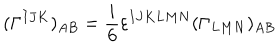
LaTeX: ( \Gamma ^ { I J K } ) _ { A B } = \frac { i } { 6 } \varepsilon ^ { I J K L M N } ( \Gamma _ { L M N } ) _ { A B }